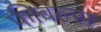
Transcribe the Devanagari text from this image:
फीबल्स